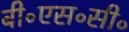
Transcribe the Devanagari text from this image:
बी॰एस॰सी॰